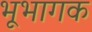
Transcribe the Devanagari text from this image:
भूभागक